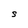
Character: S